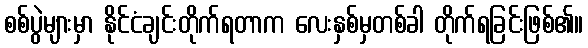
စစ်ပွဲများမှာ နိုင်ငံချင်းတိုက်ရတာက လေးနှစ်မှတစ်ခါ တိုက်ရခြင်းဖြစ်၏။